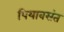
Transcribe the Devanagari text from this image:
पियावसंत